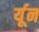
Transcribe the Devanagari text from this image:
र्यून